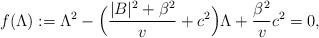
LaTeX: \begin{align*}f(\Lambda):= \Lambda^2 -\Big(\frac{|B|^2 + \beta^2}{v} + c^2 \Big) \Lambda + \frac{\beta^2}{v}c^2=0,\end{align*}